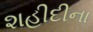
શહીદીના